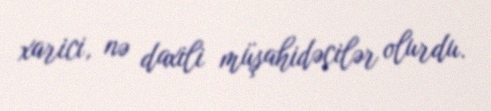
xarici, nə daxili müşahidəçilər olurdu.